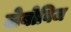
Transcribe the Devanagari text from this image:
लेबोविज